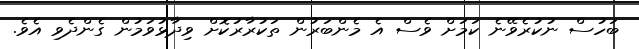
ބަހުސް ނުކުރެވޭނެ ކަމަށް ވެސް އެ މެންބަރުން ތަކުރާރުކޮށް ވިދާޅުވަމުން ގެންދެވި އެވެ.